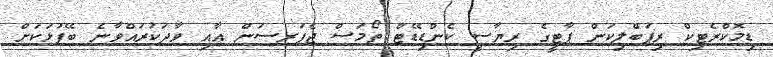
ޑިމޮކްރެޓިކް ރިޕަބްލިކަން ޕާޓީގެ ރިޔާސީ ކެންޑިޑޭޓް ތޯމަސް ޖެފަރސަން އާއި ވާދަކުރައްވާނެ ބޭފުޅަކަށް